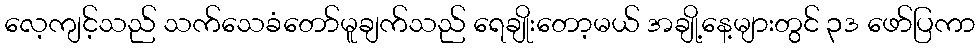
လေ့ကျင့်သည် သက်သေခံတော်မူချက်သည် ရေချိုးတော့မယ် အချို့နေ့များတွင် ၃ဒ ဖော်ပြကာ